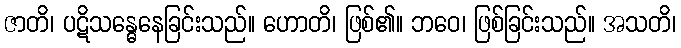
ဇာတိ၊ ပဋိသန္ဓေနေခြင်းသည်။ ဟောတိ၊ ဖြစ်၏။ ဘဝေ၊ ဖြစ်ခြင်းသည်။ အသတိ၊